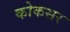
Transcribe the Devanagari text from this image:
कोकसर